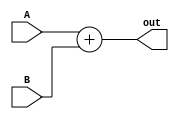
`timescale 1ns / 1ps

module PCBranchAdder # (parameter WL = 32)
(
    input [WL - 1 : 0] A,
    input [WL - 1 : 0] B,
    output [WL - 1 : 0] out
);
    assign out = A + B;
endmodule